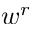
w ^ { r }